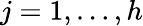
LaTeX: j=1,\dots,h